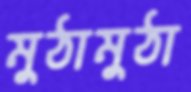
মুঠামুঠা